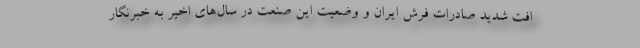
افت شدید صادرات فرش ایران و وضعیت این صنعت در سال‌های اخیر به خبرنگار